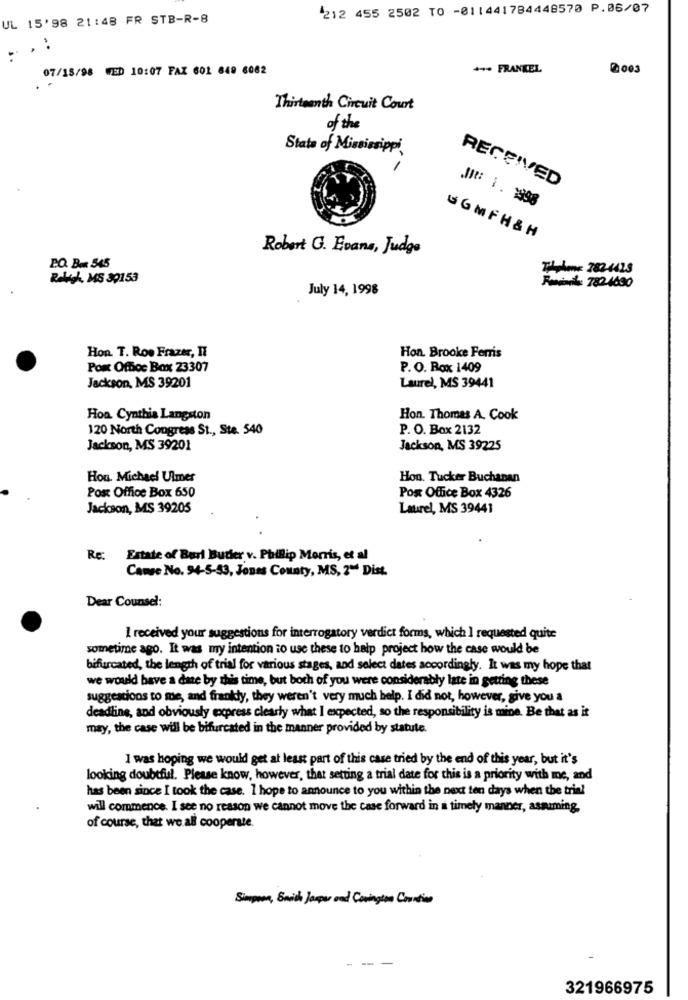
212 455 2502 TO -011441784448570 P.06/07
UL 15'98 21:48 FR STB-R-8
07/15/98 WED 10:07 FAZ 601 649 6062
+++ FRANKEL
2003
Thirteenth Circuit Court
of the
State of Mississippi,
RECEIVED
It: 1. 1998
GGMFH& H
Robert G. Evans, Judge
P.Q. B. 545
Tilene 282-4413
Ralph, MS 39153
July 14, 1998
Responds: 7824630
Hon. T. Roo Frazer, Il
Hon. Brooke Ferris
Post Office Box 23307
P. O. Rox 1409
Jackson, MS 39201
Laurel, MS 39441
Hon Cynthia Langston
Hon. Thomas A. Cook
120 North Congress St ., Ste. 540
P. O. Box 2132
Jackson, MS 39201
Jackson, MS 39225
Hon. Michael Ulmer
Hon. Tucker Buchanan
Post Office Box 650
Post Office Box 4326
Jackson, MS 39205
Laurel, MS 39441
Re: Estate of Bari Butler v. Phillip Morris, et al
Canse No. 94-5-53, Jones County, MS, 2" Dist.
Dear Counsel:
I received your suggestions for interrogatory verdict forms, which I requested quite
sometime ago. It was my intention to use these to help project how the case would be
bifurcated, the length of trial for various stages, and select dates accordingly. It was my hope that
we would have a date by this time, but both of you were considerably late in getting these
suggestions to me, and frankly, they weren't very much help. I did not, however, give you a
deadline, and obviously excpress clearly what I expected, so the responsibility is mine. Be that as it
may, the case will be bifurcated in the manner provided by statute.
I was hoping we would get at least part of this case tried by the end of this year, but it's
looking doubtful. Please know, however, that setting a trial date for this is a priority with me, and
has been since I took the case. 1 hope to announce to you within the next ten days when the trial
will commence. I see no reason we cannot move the case forward in a timely manner, assuming,
of course, that we all cooperate.
Simpena, Smith Jasper and Covington Coration
- --
321966975